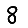
Digit: 8